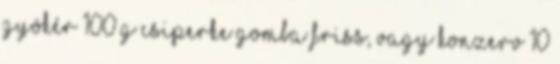
gyökér 100 g csiperke gomba friss, vagy konzerv 10